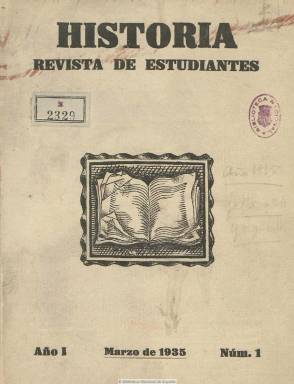
Título: Historia (Madrid. 1935)
Colección: Historia || Revistas de estudiantes
Ámbito geográfico: Madrid
Lugar de publicación: Madrid
Fechas: 01/03/1935-31/05/1935

Revista mensual que editan estudiantes de Historia y Filología de la Universidad de Madrid, con la redacción y administración en la Ciudad Universitaria, y que con espíritu abierto y seriedad científica y sin nada que envidiar a la acción investigadora de los centros de otros países –tal como se expresa en su artículo de salutación-, comienza a publicarse en marzo de 1935 en entregas cercanas a las sesenta páginas. Sus colaboraciones proceden de alumnos escogidos por los profesores de las citadas materias, entre los que se encuentran los de universidades francesas. Tras publicar tres números, la revista se suspende hasta el nuevo curso escolar 1935-1936, desconociéndose si reapareció.

La dirección de la publicación corre a cargo de una “redacción directiva”. Aparece como redactor-jefe, Darío Fernández Flórez, también jefe de la sección de Biografías; como secretario, Volusiano García Robles, y, como administradora, María Encarnación Vinuesa, que también es la jefa de la sección de Historia Medieval. El encargado de la sección de Prehistoria es José María Maña; de Historia Antigua y Filología Clásica, Carlos A. del Real; de Filología Semítica, José Rodríguez Galán, y de Historia Contemporánea, Rosario Nardiz, entre otros. En su sección de Bibliografía se incluyen reseñas de revistas y libros y extractos de conferencias, que tienen relación con los temas históricos.

Entre otros que publica citamos los artículos titulados Cornelio Tácito, persona de orden, de Carlos A. del Real; Atila, de Darío Fernández Flórez; Evolución del traje femenino español en la edad media, de María Encarnación Vinuesa; Maimónides, de José Galán Rodríguez; El Franco-Condado bajo la dominación española, de Jean Simon; La idea de progreso a través de Lucrecio, de Susana Mocoroa Garitano; Bosquejo biográfico de Maquiavelo, de Gregorio Marañón Moya, así como una traducción del texto Eadem sed aliter, de F. Guizot, llevada a cabo por Julián Marías. Inserta también alguna publicidad de librerías madrileñas.